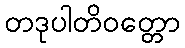
တဒုပါတိဝတ္တော